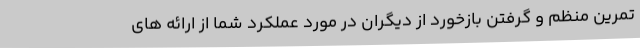
تمرین منظم و گرفتن بازخورد از دیگران در مورد عملکرد شما از ارائه های